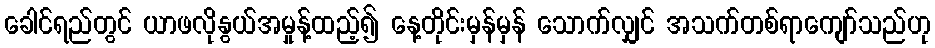
ခေါင်ရည်တွင် ယာဖလိုနွယ်အမှုန့်ထည့်၍ နေ့တိုင်းမှန်မှန် သောက်လျှင် အသက်တစ်ရာကျော်သည်ဟု